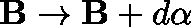
\mathbf { B } \rightarrow \mathbf { B } + d \mathbf { \alpha }